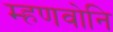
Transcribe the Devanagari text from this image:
म्हणवोनि